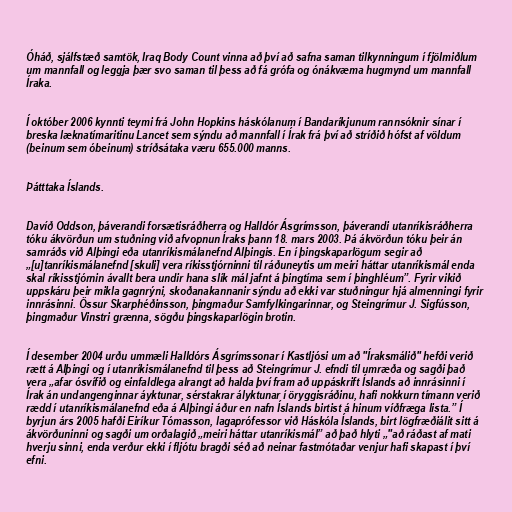
Óháð, sjálfstæð samtök, Iraq Body Count vinna að því að safna saman tilkynningum í fjölmiðlum
um mannfall og leggja þær svo saman til þess að fá grófa og ónákvæma hugmynd um mannfall
Íraka.

Í október 2006 kynnti teymi frá John Hopkins háskólanum í Bandaríkjunum rannsóknir sínar í
breska læknatímaritinu Lancet sem sýndu að mannfall í Írak frá því að stríðið hófst af völdum
(beinum sem óbeinum) stríðsátaka væru 655.000 manns.

Þátttaka Íslands.

Davíð Oddson, þáverandi forsætisráðherra og Halldór Ásgrímsson, þáverandi utanríkisráðherra
tóku ákvörðun um stuðning við afvopnun Íraks þann 18. mars 2003. Þá ákvörðun tóku þeir án
samráðs við Alþingi eða utanríkismálanefnd Alþingis. En í þingskaparlögum segir að
„[u]tanríkismálanefnd [skuli] vera ríkisstjórninni til ráðuneytis um meiri háttar utanríkismál enda
skal ríkisstjórnin ávallt bera undir hana slík mál jafnt á þingtíma sem í þinghléum”. Fyrir vikið
uppskáru þeir mikla gagnrýni, skoðanakannanir sýndu að ekki var stuðningur hjá almenningi fyrir
innrásinni. Össur Skarphéðinsson, þingmaður Samfylkingarinnar, og Steingrímur J. Sigfússon,
þingmaður Vinstri grænna, sögðu þingskaparlögin brotin.

Í desember 2004 urðu ummæli Halldórs Ásgrímssonar í Kastljósi um að "Íraksmálið" hefði verið
rætt á Alþingi og í utanríkismálanefnd til þess að Steingrímur J. efndi til umræða og sagði það
vera „afar ósvífið og einfaldlega alrangt að halda því fram að uppáskrift Íslands að innrásinni í
Írak án undangenginnar áyktunar, sérstakrar ályktunar í öryggisráðinu, hafi nokkurn tímann verið
rædd í utanríkismálanefnd eða á Alþingi áður en nafn Íslands birtist á hinum víðfræga lista.” Í
byrjun árs 2005 hafði Eiríkur Tómasson, lagaprófessor við Háskóla Íslands, birt lögfræðiálit sitt á
ákvörðuninni og sagði um orðalagið „meiri háttar utanríkismál” að það hlyti „"að ráðast af mati
hverju sinni, enda verður ekki í fljótu bragði séð að neinar fastmótaðar venjur hafi skapast í því
efni.